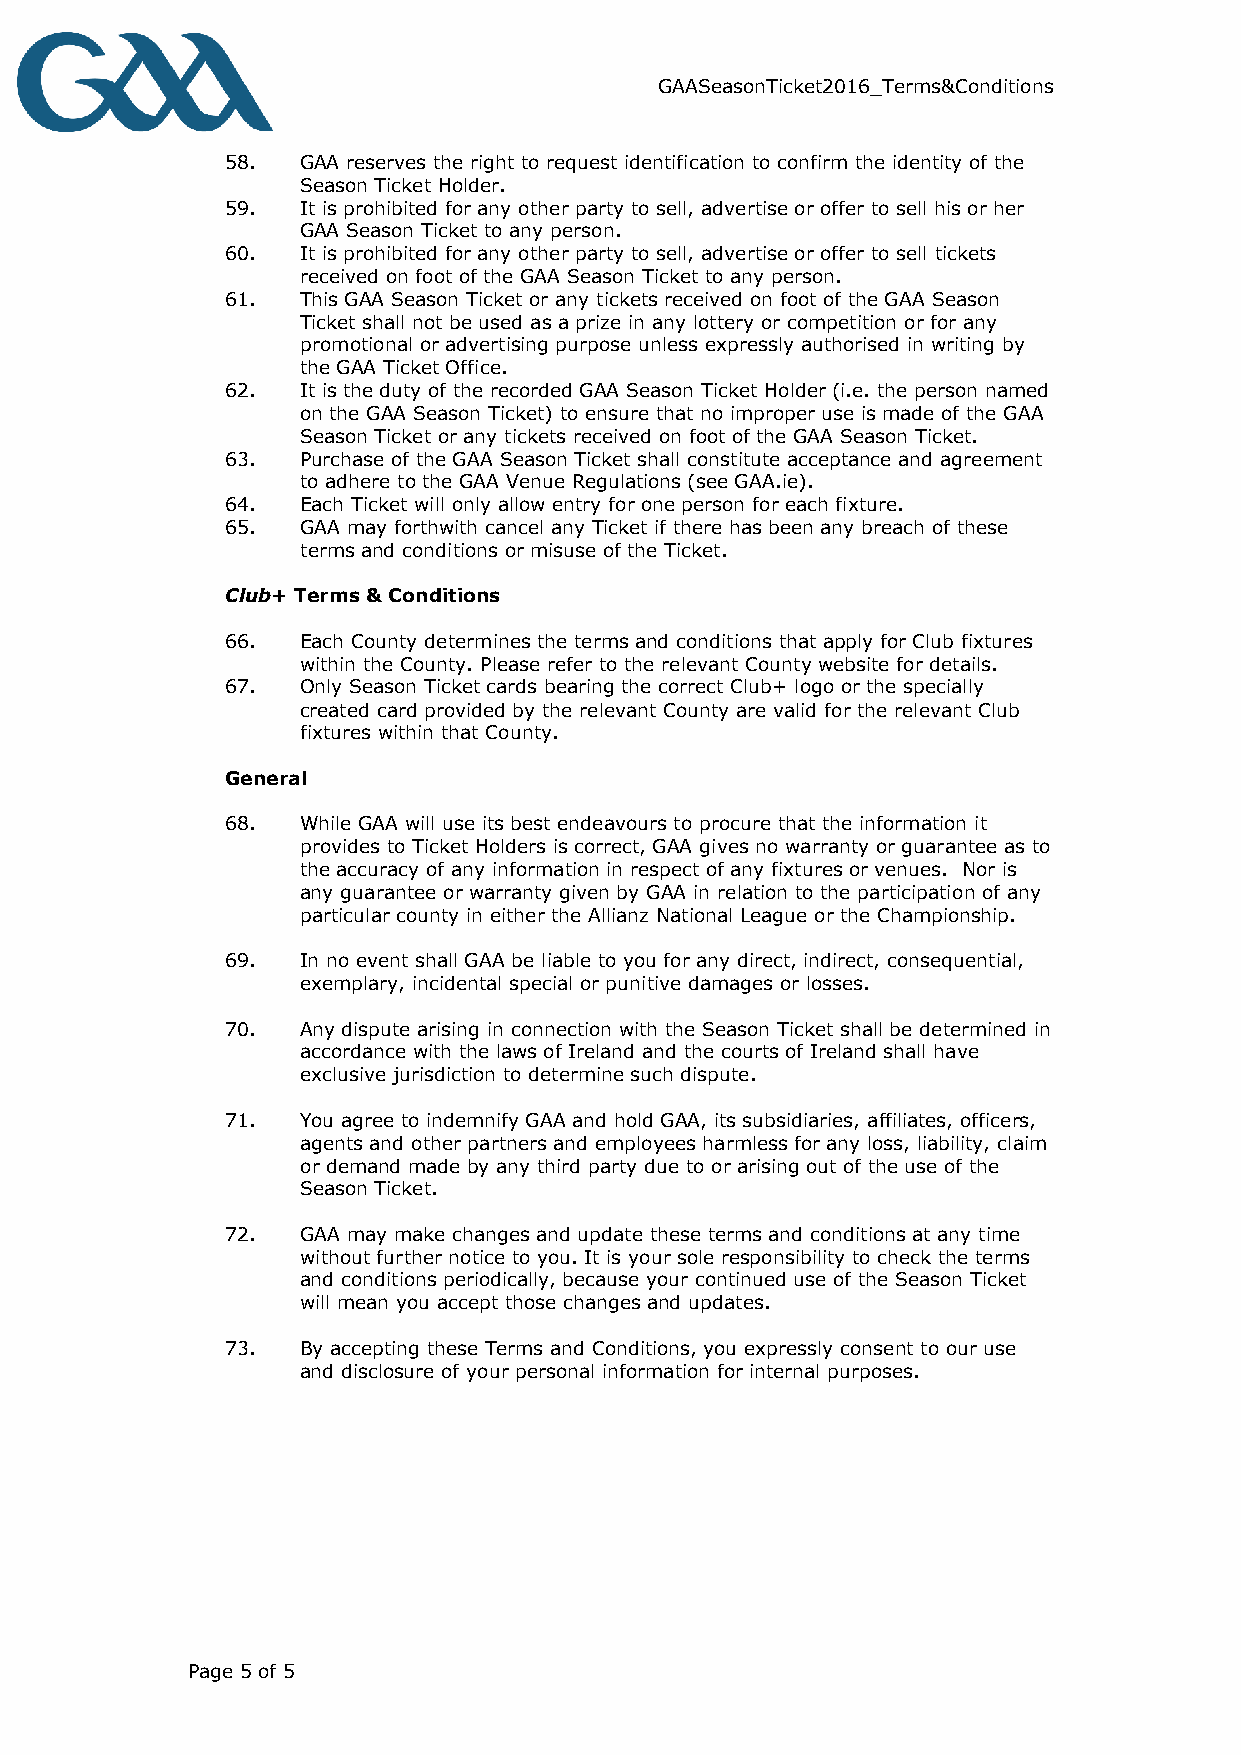
GAASeasonTicket2016_Terms&Conditions
 58.  GAA reserves the right to request identification to confirm the identity of the
 Season Ticket Holder.
 59.  It is prohibited for any other party to sell, advertise or offer to sell his or her
 GAA Season Ticket to any person.
 60.  It is prohibited for any other party to sell, advertise or offer to sell tickets
 received on foot of the GAA Season Ticket to any person.
 61.  This GAA Season Ticket or any tickets received on foot of the GAA Season
 Ticket shall not be used as a prize in any lottery or competition or for any
 promotional or advertising purpose unless expressly authorised in writing by
 the GAA Ticket Office.
 62.  It is the duty of the recorded GAA Season Ticket Holder (i.e. the person named
 on the GAA Season Ticket) to ensure that no improper use is made of the GAA
 Season Ticket or any tickets received on foot of the GAA Season Ticket.
 63.  Purchase of the GAA Season Ticket shall constitute acceptance and agreement
 to adhere to the GAA Venue Regulations (see GAA.ie).
 64.  Each Ticket will only allow entry for one person for each fixture.
 65.  GAA may forthwith cancel any Ticket if there has been any breach of these
 terms and conditions or misuse of the Ticket.
 Club+ Terms & Conditions
 66.  Each County determines the terms and conditions that apply for Club fixtures
 within the County. Please refer to the relevant County website for details.
 67.  Only Season Ticket cards bearing the correct Club+ logo or the specially
 created card provided by the relevant County are valid for the relevant Club
 fixtures within that County.
 General
 68.  While GAA will use its best endeavours to procure that the information it
 provides to Ticket Holders is correct, GAA gives no warranty or guarantee as to
 the accuracy of any information in respect of any fixtures or venues. Nor is
 any guarantee or warranty given by GAA in relation to the participation of any
 particular county in either the Allianz National League or the Championship.
 69.  In no event shall GAA be liable to you for any direct, indirect, consequential,
 exemplary, incidental special or punitive damages or losses.
 70.  Any dispute arising in connection with the Season Ticket shall be determined in
 accordance with the laws of Ireland and the courts of Ireland shall have
 exclusive jurisdiction to determine such dispute.
 71.  You agree to indemnify GAA and hold GAA, its subsidiaries, affiliates, officers,
 agents and other partners and employees harmless for any loss, liability, claim
 or demand made by any third party due to or arising out of the use of the
 Season Ticket.
 72.  GAA may make changes and update these terms and conditions at any time
 without further notice to you. It is your sole responsibility to check the terms
 and conditions periodically, because your continued use of the Season Ticket
 will mean you accept those changes and updates.
 73.  By accepting these Terms and Conditions, you expressly consent to our use
 and disclosure of your personal information for internal purposes.
 Page 5 of 5